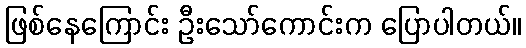
ဖြစ်နေကြောင်း ဦးသော်ကောင်းက ပြောပါတယ်။